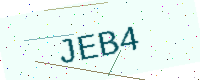
Text: JEB4